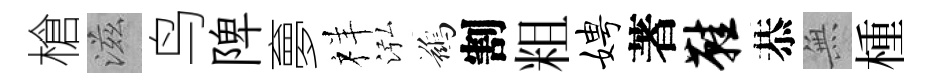
槍滋鸟陴夣祥泓鷀割粗娉著鞋恭𭴾㮔